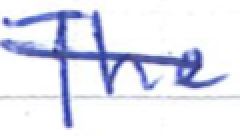
Text: The
Cross-out: mix
Writing tool: ballpoint